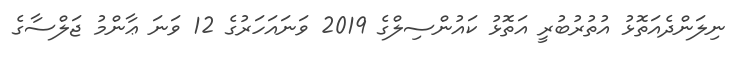
ނިލަންދެއަތޮޅު އުތުރުބުރީ އަތޮޅު ކައުންސިލްގެ 2019 ވަނައަހަރުގެ 12 ވަނަ ޢާންމު ޖަލްސާގެ